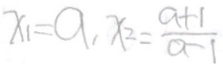
x _ { 1 } = a , x _ { 2 } = \frac { a + 1 } { a - 1 }